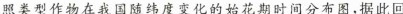
照类型作物在我国随纬度变化的始花期时间分布图，据此回